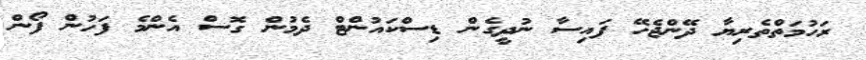
ރަހުމަތްތެރިޔާ ދޭންޖެހޭ ފައިސާ ނުދީގެން ޑިސްކައުންޓް ދެމުން ގޮސް އެންމެ ފަހުން ފޯން